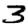
Digit: 3